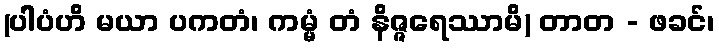
(ပါပံဟိ မယာ ပကတံ၊ ကမ္မံ တံ နိဇ္ဇရေဿာမိ) တာတ - ဖခင်၊